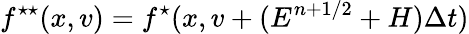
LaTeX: f^{\star\star}(x,v)=f^{\star}(x,v+(E^{n+1/2}+H)\Delta t)